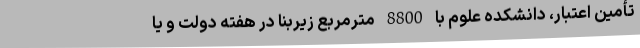
تأمین اعتبار، دانشکده علوم با 8800 مترمربع زیربنا در هفته دولت و یا